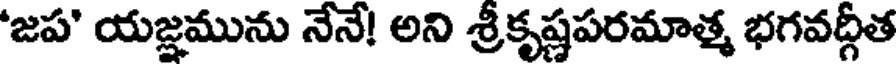
'జప' యజ్ఞమును నేనే! అని శ్రీకృష్ణపరమాత్మ భగవద్గీత